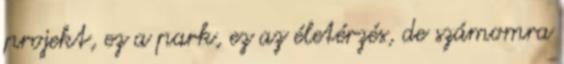
projekt, ez a park, ez az életérzés, de számomra